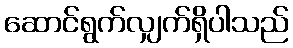
ဆောင်ရွက်လျှက်ရှိပါသည်